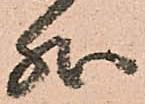
然